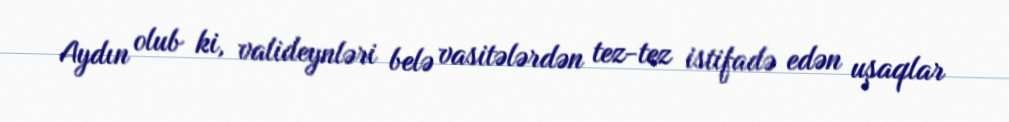
Aydın olub ki, valideynləri belə vasitələrdən tez-tez istifadə edən uşaqlar